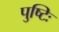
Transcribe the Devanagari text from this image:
पुष्टिः